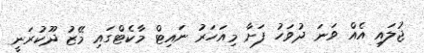
ޖުލައި އެއް ވަނަ ދުވަހު ފަށާ މިއަހަރު ނައިޓް މާކެޓްގައި މޭޒު ދޫކުރަނީ